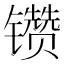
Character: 𰿆